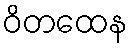
ဝိတထေန